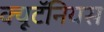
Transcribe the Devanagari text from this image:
क्यूटॅनियस